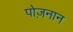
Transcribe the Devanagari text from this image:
पोज़नान